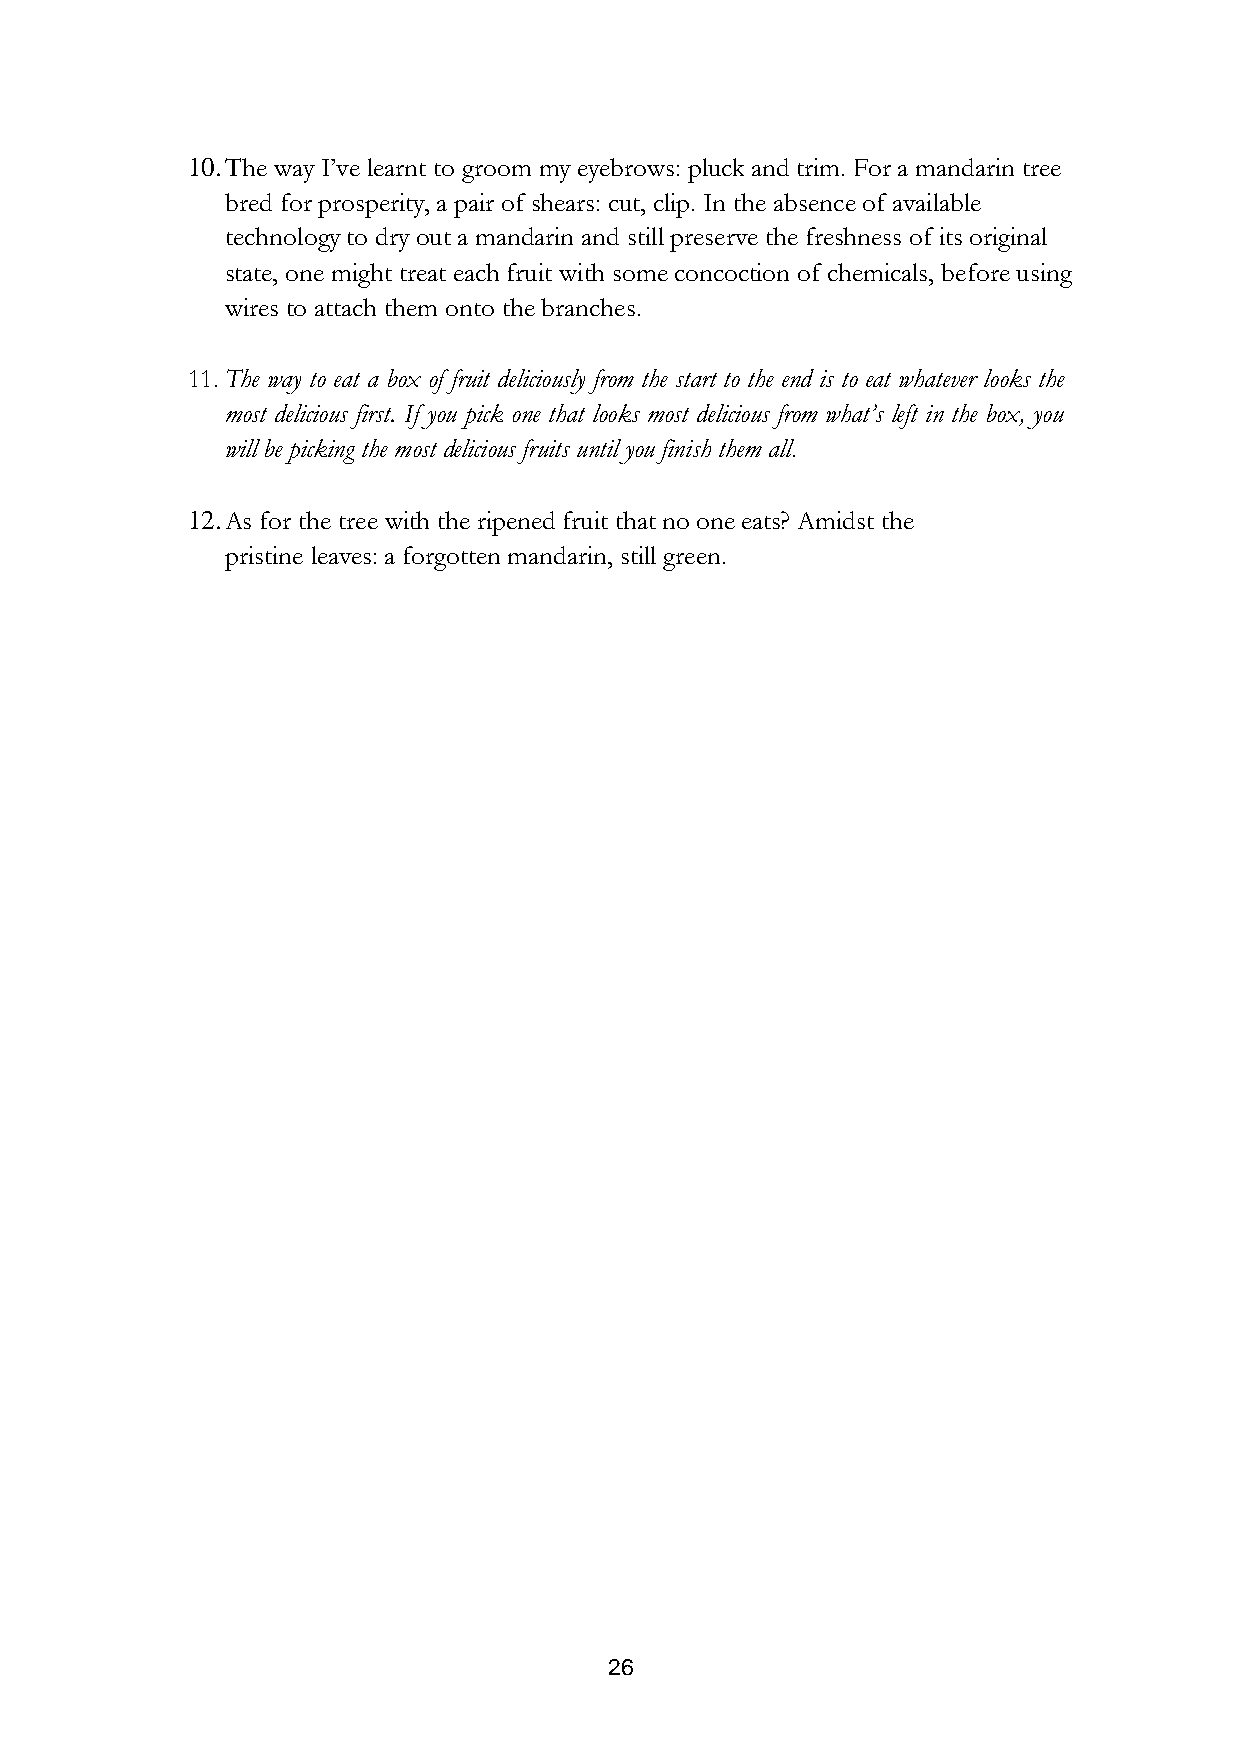
10. The way I’ve learnt to groom my eyebrows: pluck and trim. For a mandarin tree
 bred for prosperity, a pair of shears: cut, clip. In the absence of available
 technology to dry out a mandarin and still preserve the freshness of its original
 state, one might treat each fruit with some concoction of chemicals, before using
 wires to attach them onto the branches.
 11. The way to eat a box of fruit deliciously from the start to the end is to eat whatever looks the
 most delicious first. If you pick one that looks most delicious from what’s left in the box, you
 will be picking the most delicious fruits until you finish them all.
 12. As for the tree with the ripened fruit that no one eats? Amidst the
 pristine leaves: a forgotten mandarin, still green.
 26